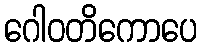
ဂေါဝတိကောပေ